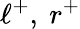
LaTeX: \ell^{+},\ r^{+}